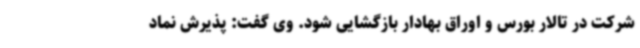
شرکت در تالار بورس و اوراق بهادار بازگشایی شود. وی گفت: پذیرش نماد